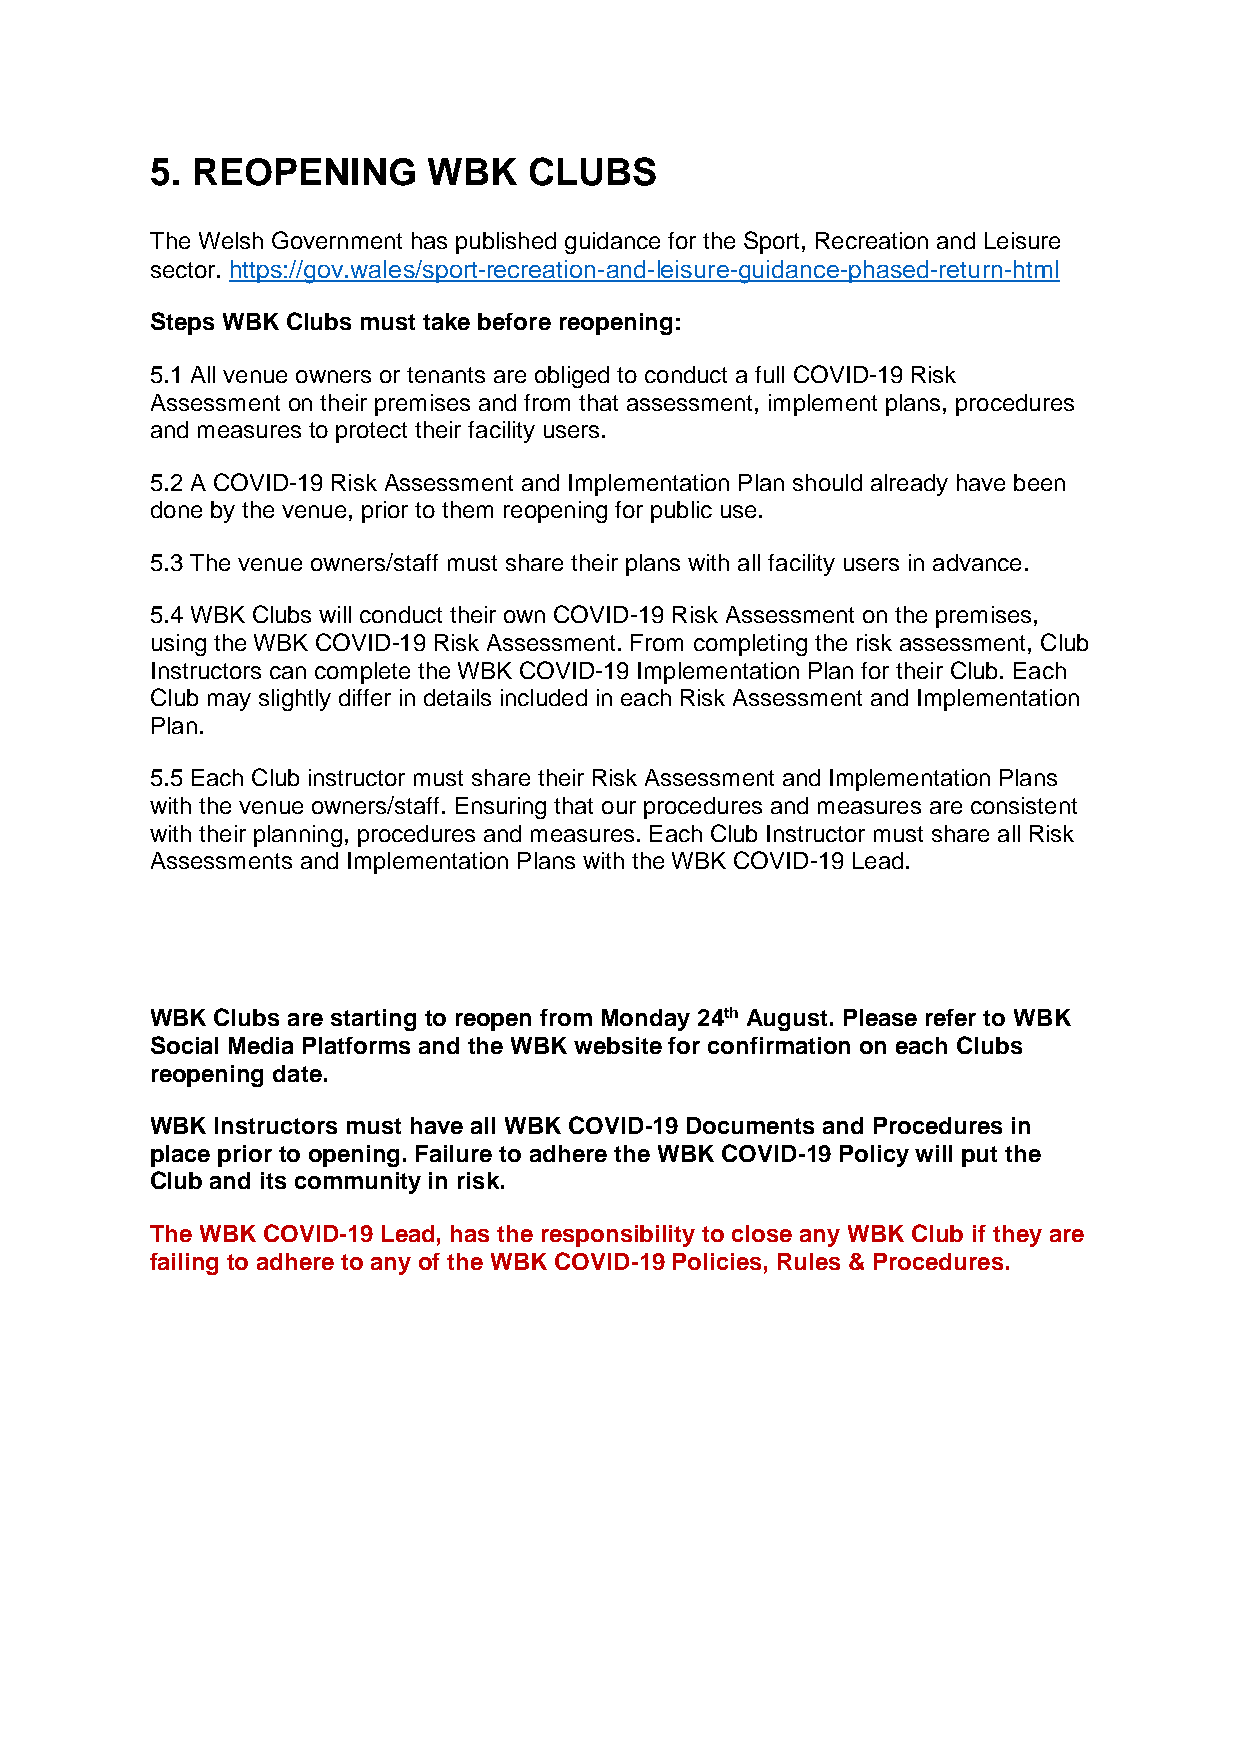
5. REOPENING      WBK    CLUBS
 The Welsh Government has published guidance for the Sport, Recreation and Leisure
 sector. https://gov.wales/sport-recreation-and-leisure-guidance-phased-return-html
 Steps WBK Clubs must take before reopening:
 5.1 All venue owners or tenants are obliged to conduct a full COVID-19 Risk
 Assessment on their premises and from that assessment, implement plans, procedures
 and measures to protect their facility users.
 5.2 A COVID-19 Risk Assessment and Implementation Plan should already have been
 done by the venue, prior to them reopening for public use.
 5.3 The venue owners/staff must share their plans with all facility users in advance.
 5.4 WBK Clubs will conduct their own COVID-19 Risk Assessment on the premises,
 using the WBK COVID-19 Risk Assessment. From completing the risk assessment, Club
 Instructors can complete the WBK COVID-19 Implementation Plan for their Club. Each
 Club may slightly differ in details included in each Risk Assessment and Implementation
 Plan.
 5.5 Each Club instructor must share their Risk Assessment and Implementation Plans
 with the venue owners/staff. Ensuring that our procedures and measures are consistent
 with their planning, procedures and measures. Each Club Instructor must share all Risk
 Assessments and Implementation Plans with the WBK COVID-19 Lead.
 WBK Clubs are starting to reopen from Monday 24th August. Please refer to WBK
 Social Media Platforms and the WBK website for confirmation on each Clubs
 reopening date.
 WBK Instructors must have all WBK COVID-19 Documents and Procedures in
 place prior to opening. Failure to adhere the WBK COVID-19 Policy will put the
 Club and its community in risk.
 The WBK COVID-19 Lead, has the responsibility to close any WBK Club if they are
 failing to adhere to any of the WBK COVID-19 Policies, Rules & Procedures.